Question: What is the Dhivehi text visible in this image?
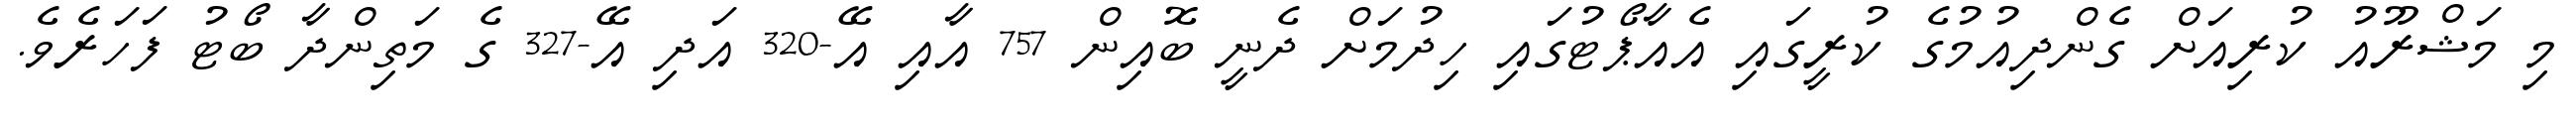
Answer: މި މަޝްރޫއު ކުރިއަށް ގެންދިއުމުގެ ކުރީގައި އެއާޕޯޓުގައި ހިދުމަށް ދެނީ ބޮއިން 757 އާއި އޭ-320 އަދި އޭ-327 ގެ މަތިންދާ ބޯޓު ފަހަރެވެ.